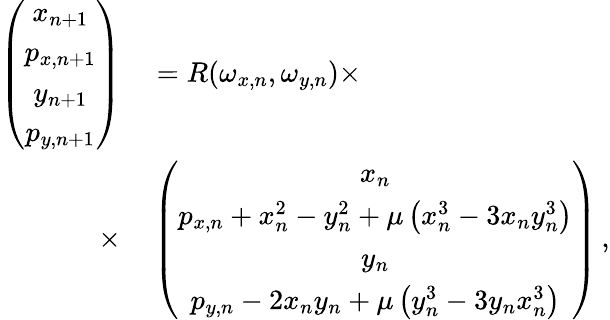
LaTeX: \begin{array}{rl}{\left(\begin{array}{c}{x_{n+1}}\\ {p_{x,n+1}}\\ {y_{n+1}}\\ {p_{y,n+1}}\end{array}\right)}&{{}=R(\omega_{x,n},\omega_{y,n})\times}\\ {\times}&{{}\left(\begin{array}{c}{x_{n}}\\ {p_{x,n}+x_{n}^{2}-y_{n}^{2}+\mu\left(x_{n}^{3}-3x_{n}y_{n}^{3}\right)}\\ {y_{n}}\\ {p_{y,n}-2x_{n}y_{n}+\mu\left(y_{n}^{3}-3y_{n}x_{n}^{3}\right)}\end{array}\right)\, ,}\end{array}